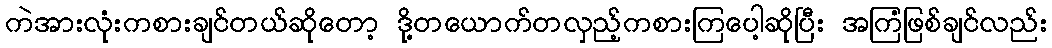
ကဲအားလုံးကစားချင်တယ်ဆိုတော့ ဒို့တယောက်တလှည့်ကစားကြပေါ့ဆိုပြီး အကြံဖြစ်ချင်လည်း